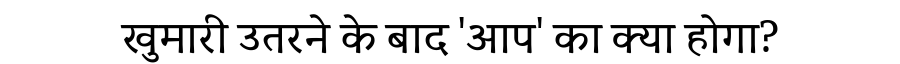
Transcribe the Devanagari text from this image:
खुमारी उतरने के बाद 'आप' का क्या होगा?